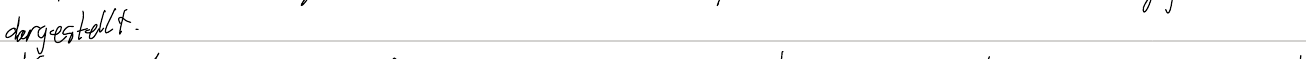
dargestellt.